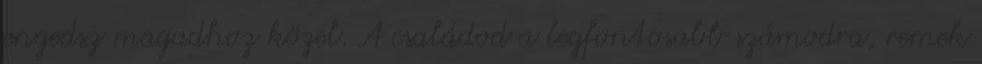
engedsz magadhoz közel. A családod a legfontosabb számodra, remek